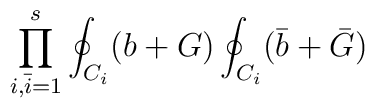
\prod_{i,{\bar i}=1}^{s} \oint_{C_i} (b+G) \oint_{C_i} ({\bar b}+{\bar G})